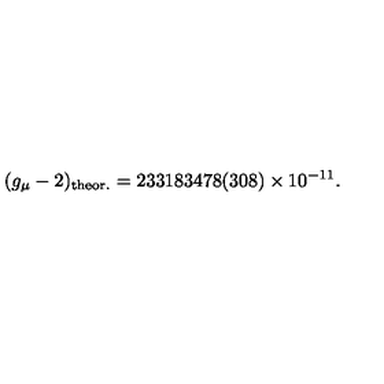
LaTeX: ( g _ { \mu } - 2 ) _ { \mathrm { t h e o r . } } = 2 3 3 1 8 3 4 7 8 ( 3 0 8 ) \times 1 0 ^ { - 1 1 } .